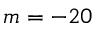
m = - 2 0